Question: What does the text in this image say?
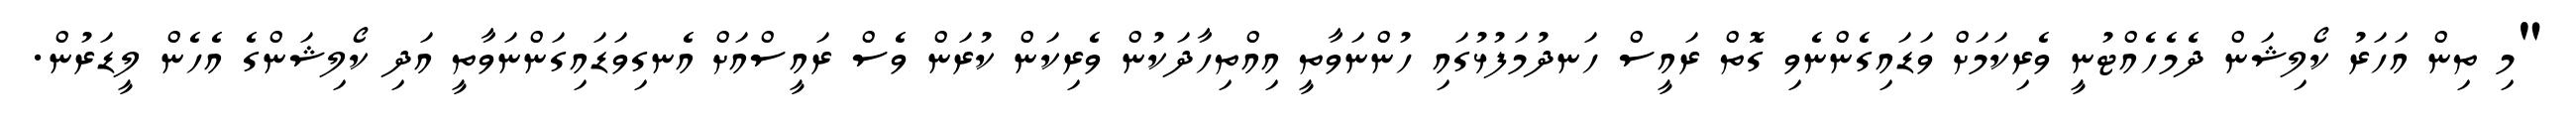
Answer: "މި ތިން އަހަރު ކޯލިޝަން ދެމެހެއްޓުނީ ވެރިކަމަށް ވަޑައިގެންނެވި ގޮތް ރައީސް ހަނދުމަފުޅުގައި ހުންނަވާތީ އިއްތިހާދަކުން ވެރިކަން ކުރަން ވެސް ރައީސްއަށް އެނގިވަޑައިގަންނަވާތީ އަދި ކޯލިޝަންގެ އެހެން ލީޑަރުން.